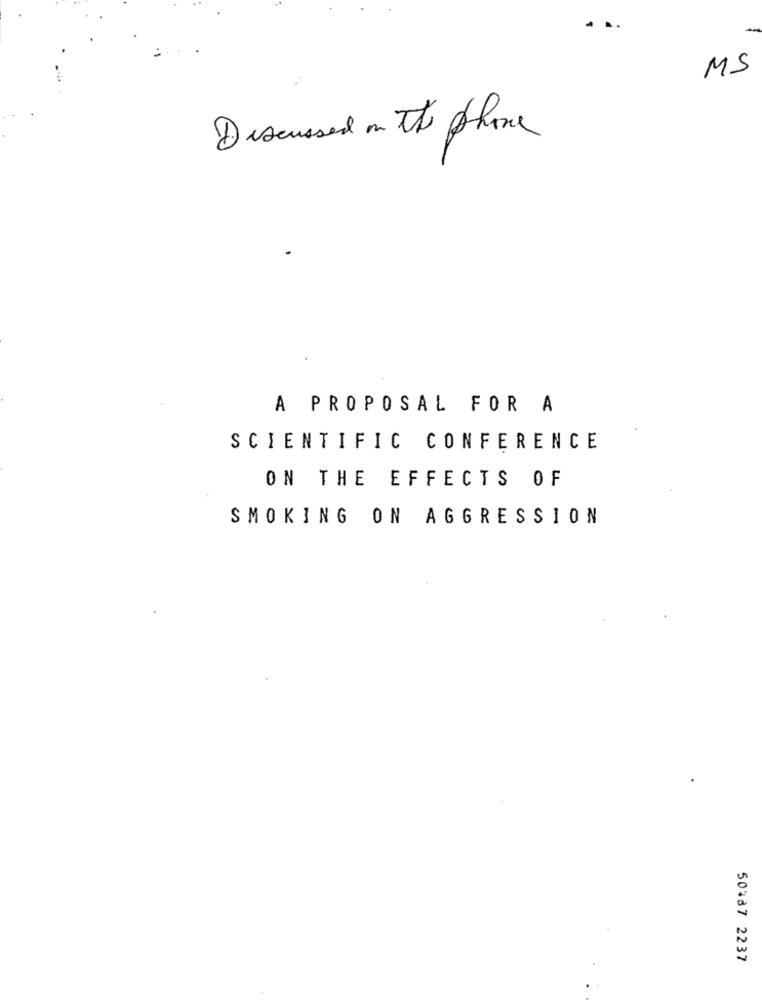
-
MS
Discussed in the phone
A PROPOSAL FOR A
SCIENTIFIC CONFERENCE
ON THE EFFECTS OF
SMOKING ON AGGRESSION
50437 2237